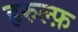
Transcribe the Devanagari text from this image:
हरुल्फ़